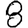
Digit: 8